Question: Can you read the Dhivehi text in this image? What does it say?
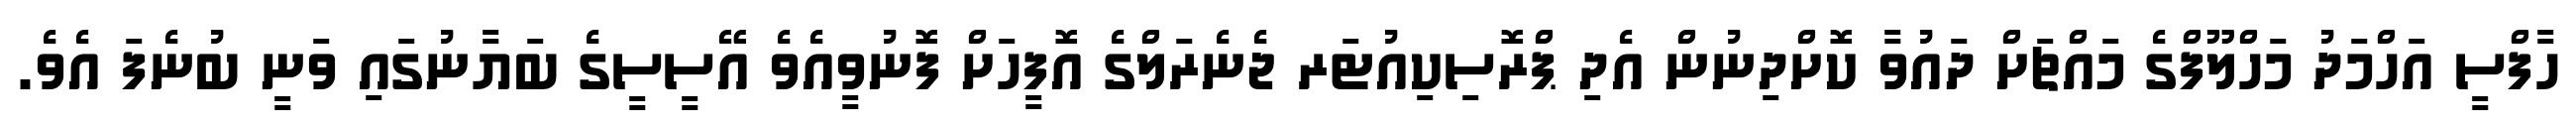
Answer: ހާފްސީ އަހްމަދު މަހްލޫފްގެ މައްޗަށް ދައުވާ ކޮށްދިނުން އެދި ޕްރޮސިކިއުޓަރ ޖެނެރަލްގެ އޮފީހަށް ފޮނުވީއެވެ އޭސީސީގެ ބަޔާނުގައި ވަނީ ބުނެފަ އެވެ.